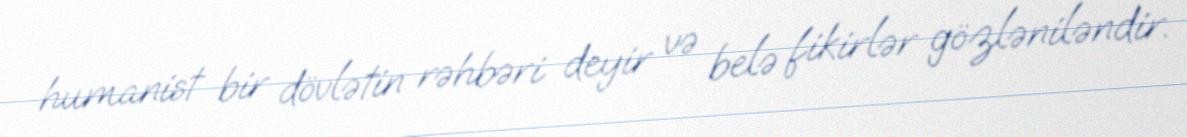
humanist bir dövlətin rəhbəri deyir və belə fikirlər gözləniləndir.